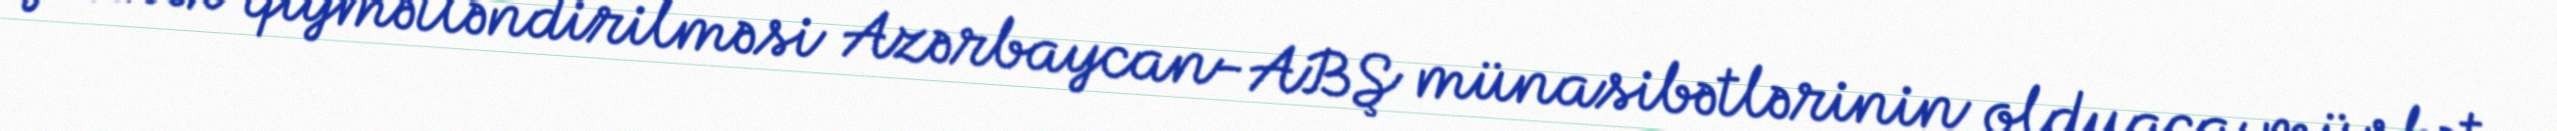
yüksək qiymətləndirilməsi Azərbaycan-ABŞ münasibətlərinin olduqca müsbət